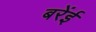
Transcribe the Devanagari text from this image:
बरेंई